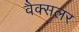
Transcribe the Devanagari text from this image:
वैक्सलर